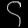
Digit: ၄